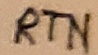
Text: RTN